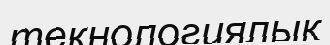
текнологиялық